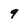
Character: 9